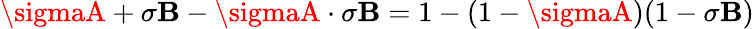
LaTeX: \sigmaA+\sigma\mathbf{B}-\sigmaA\cdot\sigma\mathbf{B}=1-(1-\sigmaA)(1-\sigma\mathbf{B})